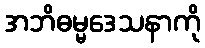
အဘိဓမ္မဒေသနာကို